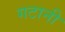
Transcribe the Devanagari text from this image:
गटानी